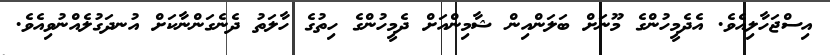
އިސްޖަހާލިއެވެ. އެދެމީހުންގެ މޫނަށް ބަލަންއިން ޝާމިންއަށް ދެމީހުންގެ ހިތުގެ ހާލަތު ދެނެގަންނާކަށް އުނދަގުލެއްނުވިއެވެ.